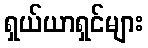
ရှယ်ယာရှင်များ